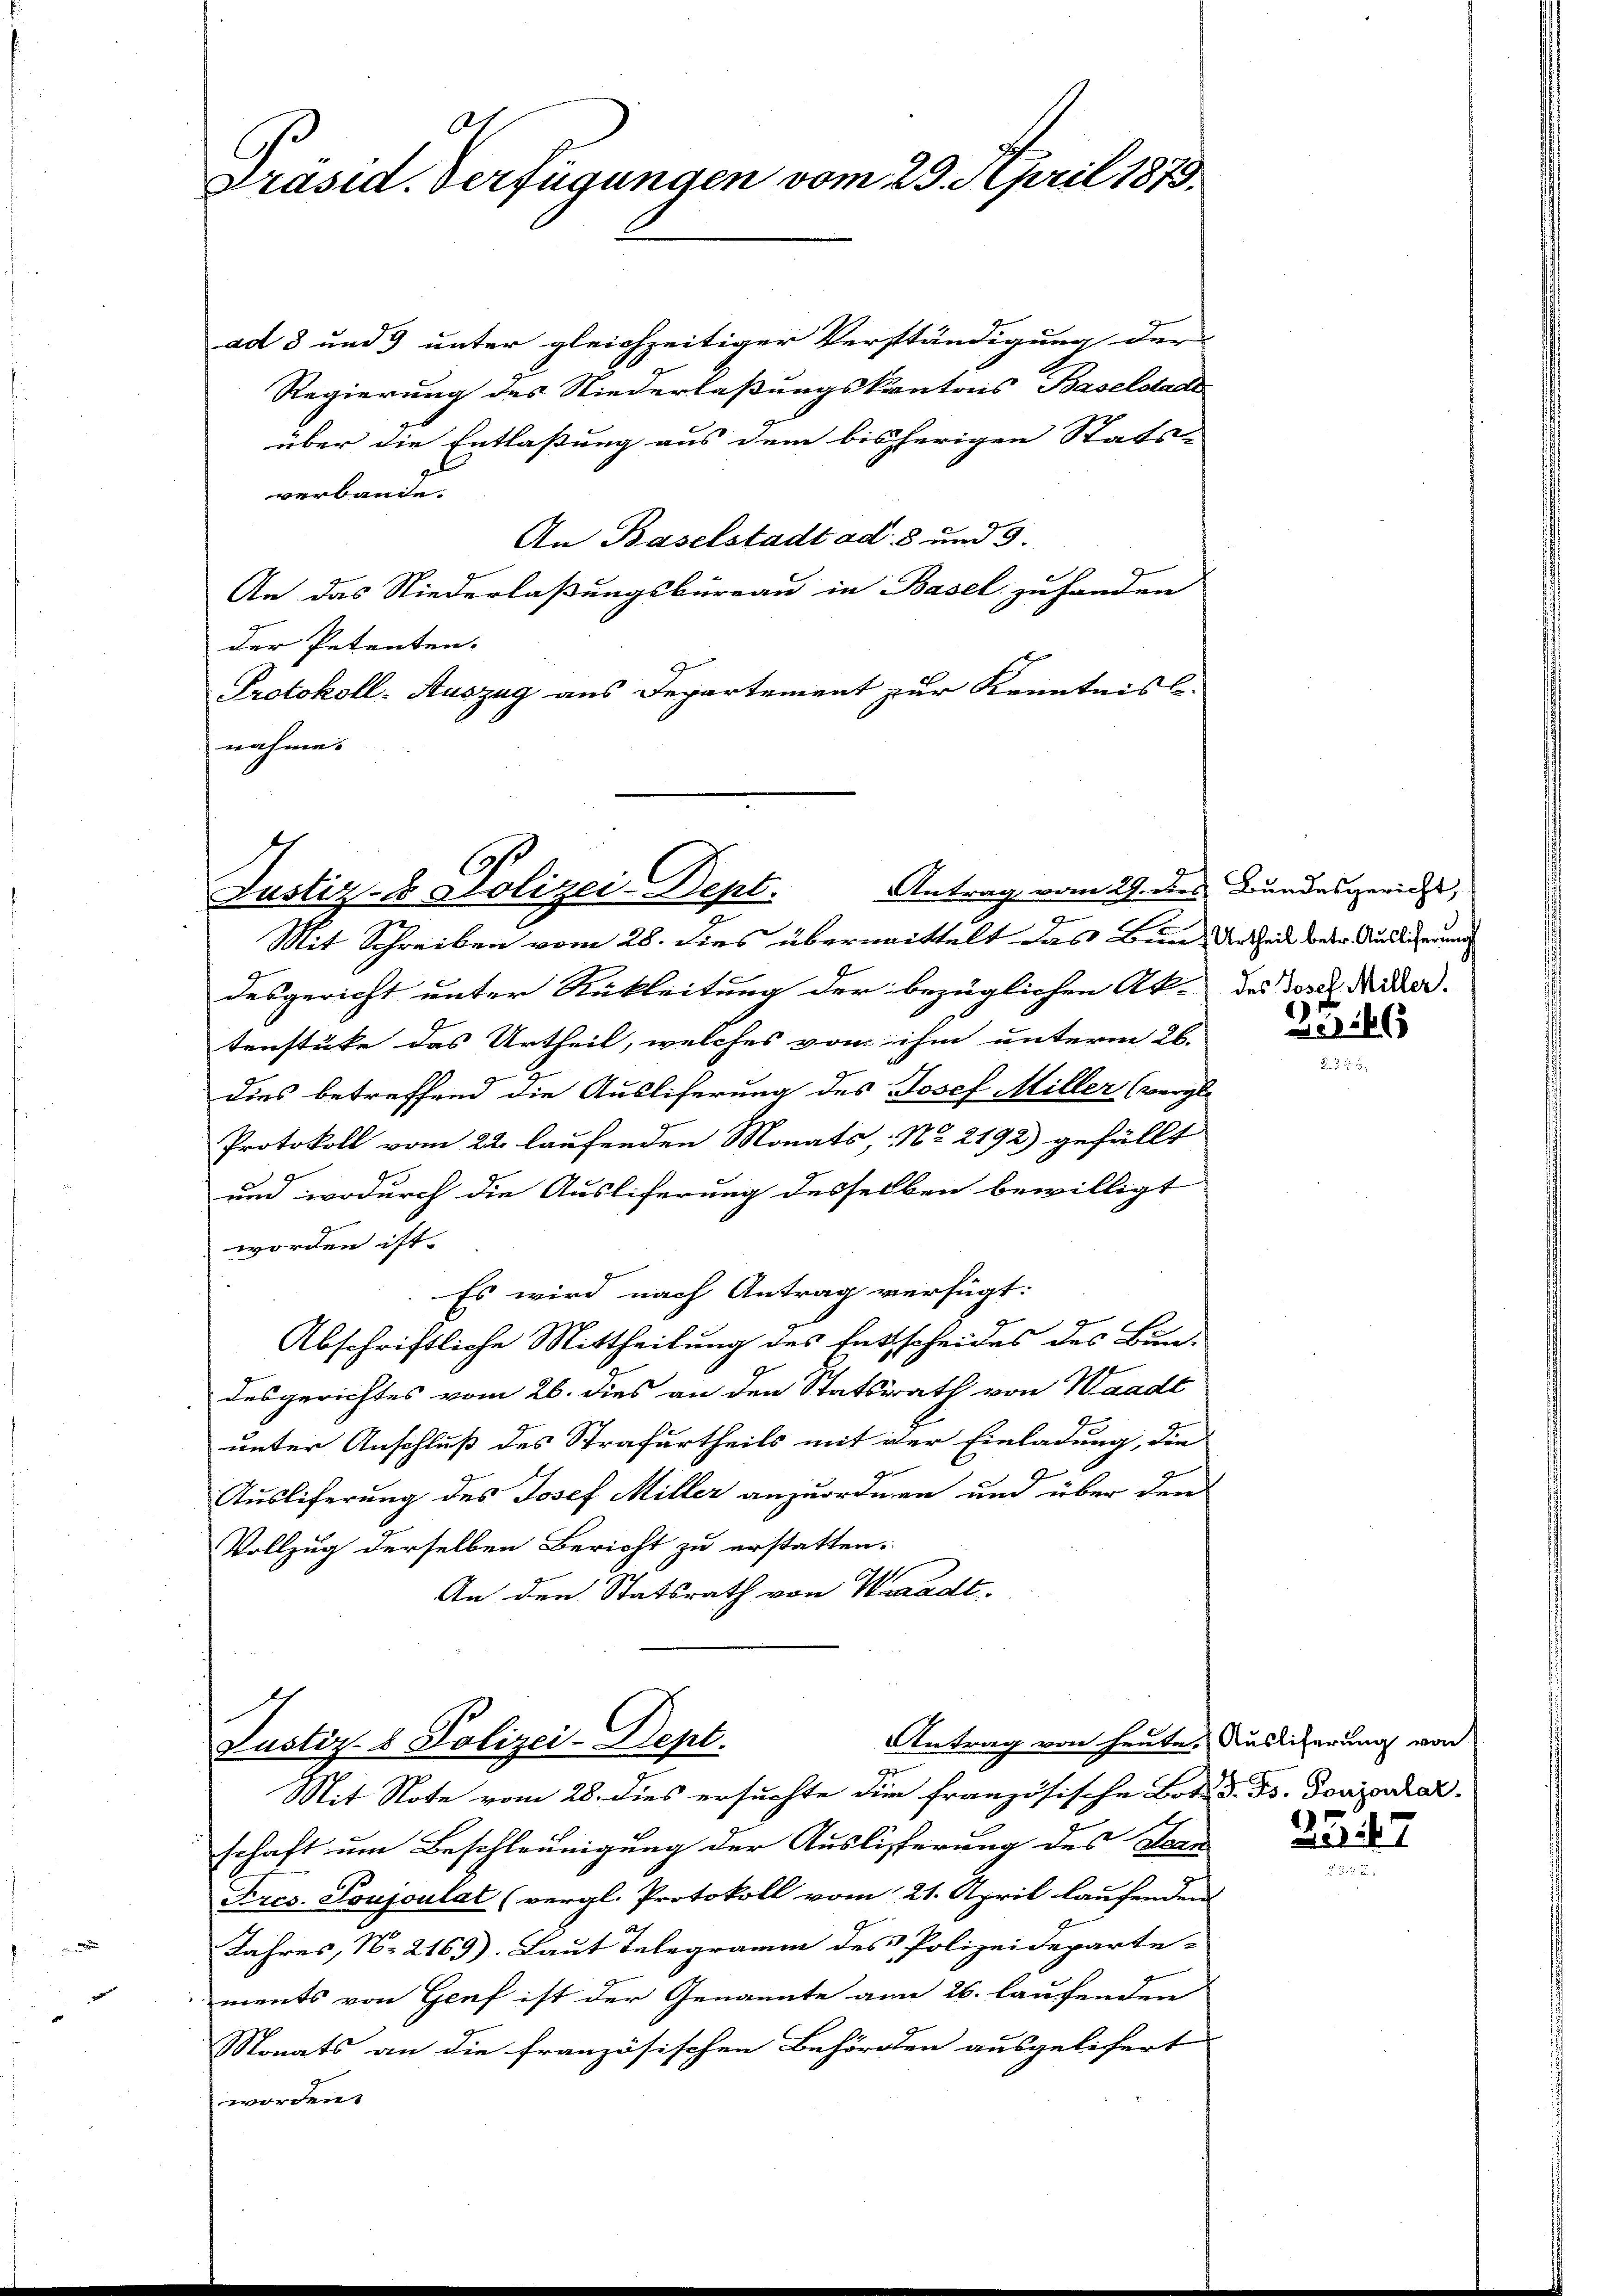
4
Präsid. Verfügungen vom 29. April 1873.

ad 8 und 3 unter gleichzeitiger Verständigung der
Regierung des Niederlaßungskantons Baselstadt
über die Entlaßung aus dem bisherigen Stats-
verbande.
An Baselstadt ad. 8 und 3.
An das Niederlaßungsbüreau in Basel zu handen
der Petenten.
Protokoll-Auszug aus Departement zur Kenntnis l
nahme.

Antrag vom 29. des Bundesgericht,
Justiz- & Polizei-Dept.
2
n
Mit Schreiben vom 28. dies übermittelt das Bunder Zeit deser Auslicherung

desgericht unter Rickleitung der bezüglichen Ak- des Josef Nider.
tenstüke das Urtheil, welches vom ihm unterm 26.
dies betreffend die Ausliferung des Josef Miller (vergl.
Protokoll vom 22. laufenden Monats, No. 2192) gefällt
und wodurch die Ausliferung desselben bewilligt
worden ist.
Es wird nach Antrag verfügt:
g
Abschriftliche Mittheilung des Entscheides des Bun-
desgerichtes vom 26. dies an den Statsrath von Waadt
8
unter Anschluß des Strafurtheils mit der Einladung, die
g
Ausliferung des Josef Miller anzuordnen und über den
Vollzug derselben Bericht zu erstatten.
An den Statsrath von Waadt.

Justiz- & Polizei-Dept.
2

Antrag von heute, Auslieferung von
Mit Note vom 28. dies ersuchte die französische Bot. d. Fs. Josipulat
schaft um Beschleunigung der Auslieferung des Bean
Kres. Toujoulat (vergl. Protokoll vom 21. April laufenden
Jahres, N. 2169). Laut Telegramm des Polizeideparte-
ments von Genf ist der Genannte am 26. laufenden
Monats an die französischen Behörden ausgelifert
worden.

46
1 x

2547